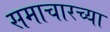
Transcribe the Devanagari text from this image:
समाचारच्या